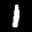
Label: 1